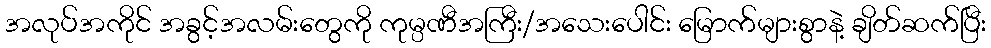
အလုပ်အကိုင် အခွင့်အလမ်းတွေကို ကုမ္ပဏီအကြီး/အသေးပေါင်း မြောက်များစွာနဲ့ ချိတ်ဆက်ပြီး